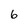
Character: 6